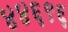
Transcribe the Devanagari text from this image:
४४६९६